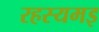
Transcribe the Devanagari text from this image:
रहस्यमइ